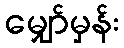
မျှော်မှန်း